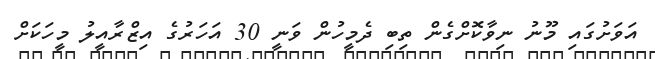
އަވަށުގައި މޫނު ނިވާކޮށްގެން ތިބި ދެމީހުން ވަނީ 30 އަހަރުގެ އިޒްރާއީލު މީހަކަށް